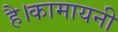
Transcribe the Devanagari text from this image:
है।कामायनी